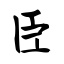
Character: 臣